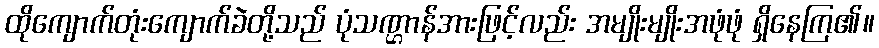
ထိုကျောက်တုံးကျောက်ခဲတို့သည် ပုံသဏ္ဌာန်အားဖြင့်လည်း အမျိုးမျိုးအဖုံဖုံ ရှိနေကြ၏။